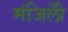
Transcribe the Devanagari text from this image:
मंजिलोँ